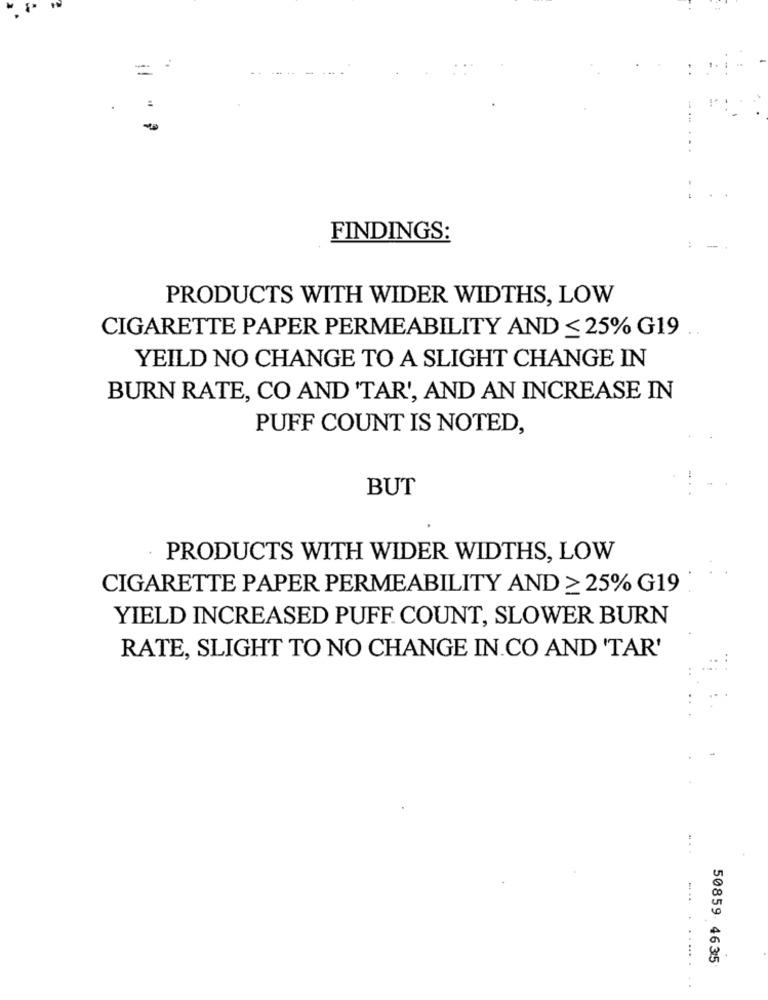
=
....
FINDINGS:
PRODUCTS WITH WIDER WIDTHS, LOW
CIGARETTE PAPER PERMEABILITY AND ≤ 25% G19
YEILD NO CHANGE TO A SLIGHT CHANGE IN
BURN RATE, CO AND 'TAR', AND AN INCREASE IN
PUFF COUNT IS NOTED,
BUT
PRODUCTS WITH WIDER WIDTHS, LOW
CIGARETTE PAPER PERMEABILITY AND ≥ 25% G19
YIELD INCREASED PUFF. COUNT, SLOWER BURN
RATE, SLIGHT TO NO CHANGE IN.CO AND 'TAR'
..
...
... .
50859 4635